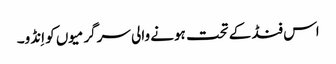
اس فنڈ کے تحت ہونے والی سرگرمیوں کو اِنڈو۔